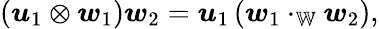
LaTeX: \left(\boldsymbol{u}_{1}\otimes\boldsymbol{w}_{1}\right)\boldsymbol{w}_{2}=\boldsymbol{u}_{1}\left(\boldsymbol{w}_{1}\cdot_{\mathbb{W}}\boldsymbol{w}_{2}\right),